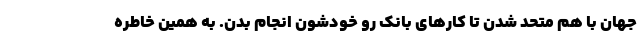
جهان با هم متحد شدن تا کارهای بانک رو خودشون انجام بدن. به همین خاطره